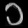
Digit: ၁